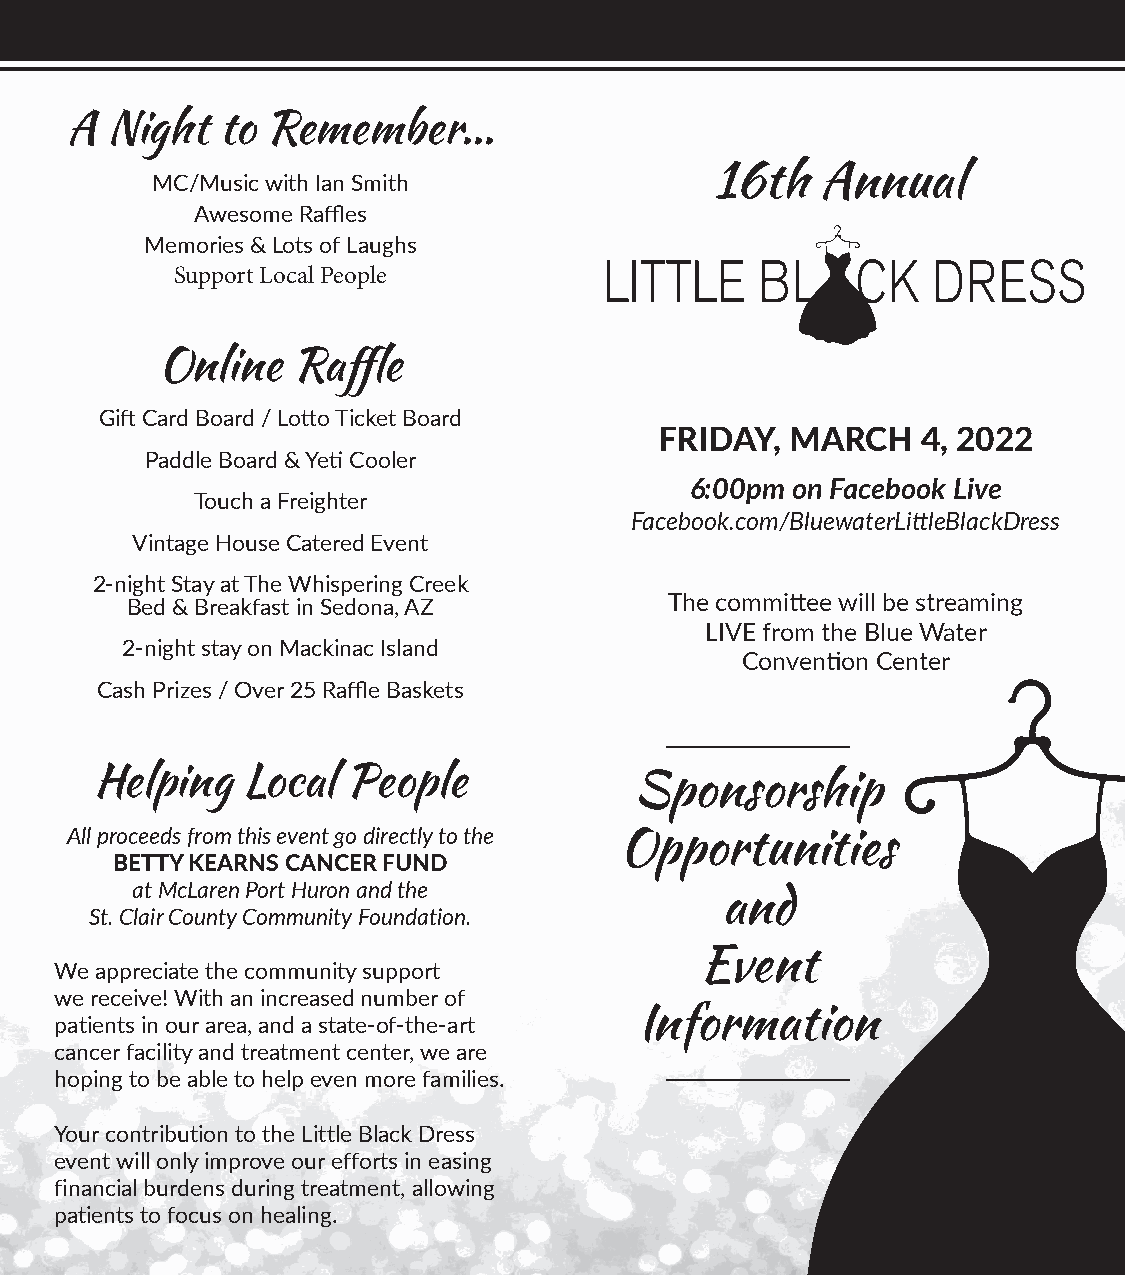
A  Night   to Remember...
 16th   Annual
 MC/Music with Ian Smith
 Awesome Raffles
 Memories & Lots of Laughs
 Support Local People
 Online  Raffle
 Gift Card Board / Lotto Ticket Board
 FRIDAY, MARCH    4, 2022
 Paddle Board & Yeti Cooler
 6:00pm on Facebook Live
 Touch a Freighter
 Facebook.com/BluewaterLittleBlackDress
 Vintage House Catered Event
 2-night Stay at The Whispering Creek
 Bed & Breakfast in Sedona, AZ       The committee will be streaming
 LIVE from the Blue Water
 2-night stay on Mackinac Island
 Convention Center
 Cash Prizes / Over 25 Raffle Baskets
 ________________________
 Helping   Local  People
 Sponsorship
 All proceeds from this event go directly to the Opportunities
 BETTY KEARNS CANCER FUND
 at McLaren Port Huron and the
 and
 St. Clair County Community Foundation.
 Event
 We appreciate the community support
 we receive! With an increased number of
 Information
 patients in our area, and a state-of-the-art
 cancer facility and treatment center, we are
 ________________________
 hoping to be able to help even more families.
 Your contribution to the Little Black Dress
 event will only improve our efforts in easing
 financial burdens during treatment, allowing
 patients to focus on healing.